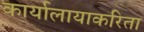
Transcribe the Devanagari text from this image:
कार्यालायाकरिता